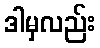
ဒါမှလည်း